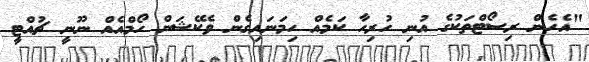
"އެހެން ރިސޯޓްތަކުގެ އުނި ހުރިހާ ކަމެއް ހިމަނައިގެން ވެކޭޝަން ހޯމްއެއް ނޫނީ ޗުއްޓީ